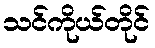
သင်ကိုယ်တိုင်